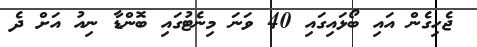
ޖެހިގެން އައި ބޯޅައިގައި 40 ވަނަ މިނެޓުގައި ބޮންޑާ ނިއު އަށް ދެ